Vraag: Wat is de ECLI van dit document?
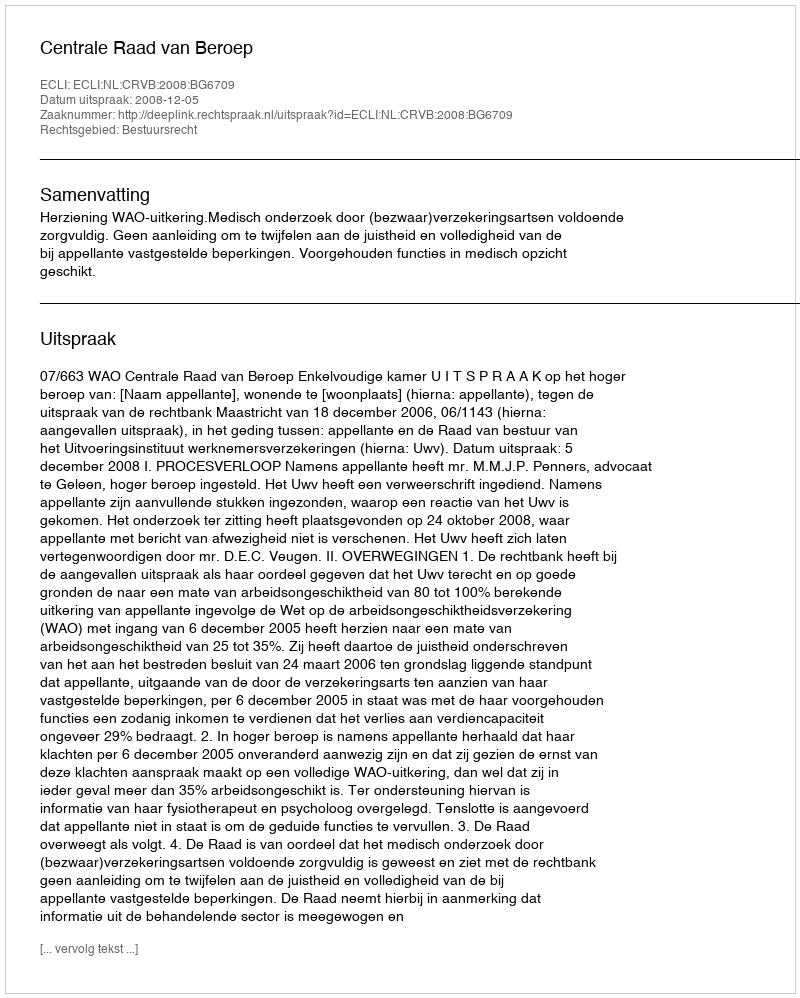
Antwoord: ECLI:NL:CRVB:2008:BG6709